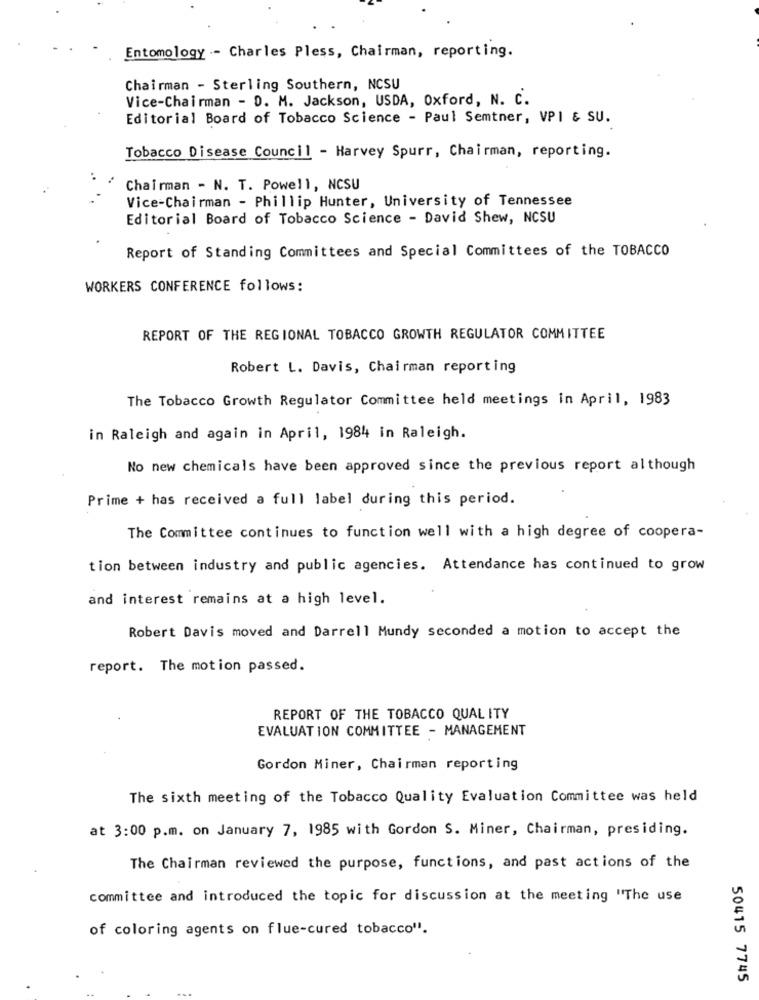
Entomology - Charles Pless, Chairman, reporting.
Chairman - Sterling Southern, NCSU
Vice-Chairman - D. M. Jackson, USDA, Oxford, N. C.
Editorial Board of Tobacco Science - Paul Semtner, VPI & SU.
Tobacco Disease Council - Harvey Spurr, Chairman, reporting.
Chairman - N. T. Powell, NCSU
Vice-Chairman - Phillip Hunter, University of Tennessee
Editorial Board of Tobacco Science - David Shew, NCSU
Report of Standing Committees and Special Committees of the TOBACCO
WORKERS CONFERENCE follows:
REPORT OF THE REGIONAL TOBACCO GROWTH REGULATOR COMMITTEE
Robert L. Davis, Chairman reporting
The Tobacco Growth Regulator Committee held meetings in April, 1983
in Raleigh and again in April, 1984 in Raleigh.
No new chemicals have been approved since the previous report although
Prime + has received a full label during this period.
The Committee continues to function well with a high degree of coopera-
tion between industry and public agencies. Attendance has continued to grow
and interest remains at a high level.
Robert Davis moved and Darrell Mundy seconded a motion to accept the
report. The motion passed.
REPORT OF THE TOBACCO QUALITY
EVALUATION COMMITTEE - MANAGEMENT
Gordon Miner, Chairman reporting
The sixth meeting of the Tobacco Quality Evaluation Committee was held
at 3:00 p.m. on January 7, 1985 with Gordon S. Miner, Chairman, presiding.
The Chairman reviewed the purpose, functions, and past actions of the
committee and introduced the topic for discussion at the meeting "The use
of coloring agents on flue-cured tobacco".
50415 7745